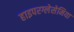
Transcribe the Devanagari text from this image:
हाइपरग्लेसेमिया